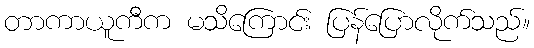
တာကာယူကီက မသိကြောင်း ပြန်ပြောလိုက်သည်။